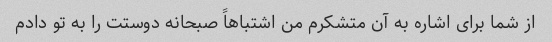
از شما برای اشاره به آن متشکرم من اشتباهاً صبحانه دوستت را به تو دادم